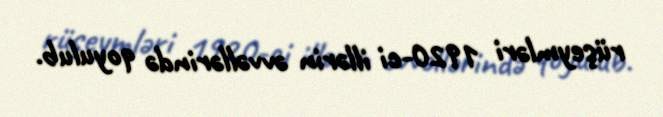
rüşeymləri 1920-ci illərin əvvəllərində qoyulub.